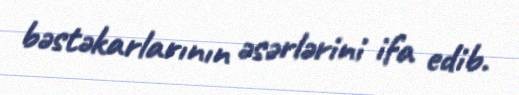
bəstəkarlarının əsərlərini ifa edib.